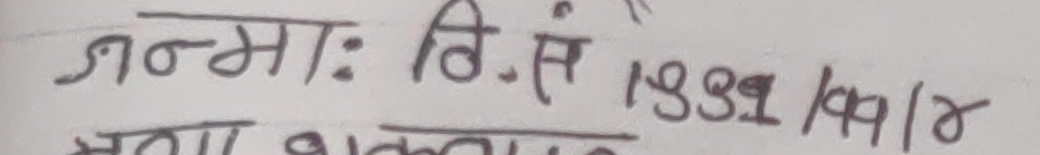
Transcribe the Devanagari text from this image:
जन्म: वि.सं. १९९१/१९४/४